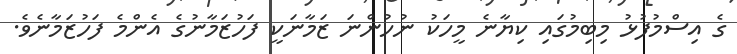
ގެ އިސްމުފުޅު މިބިމުގައި ކިޔާނެ މީހަކު ނުހުންނަ ޒަމާނަކީ ފަހުޒަމާނުގެ އެންމެ ފަހުޒަމާނެވެ.